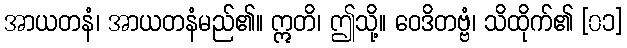
အာယတနံ၊ အာယတနံမည်၏။ ဣတိ၊ ဤသို့။ ဝေဒိတဗ္ဗံ၊ သိထိုက်၏ [၀၁]